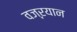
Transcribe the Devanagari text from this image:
वज्ऱयान